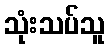
သုံးသပ်သူ